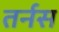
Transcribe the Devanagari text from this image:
तर्नस